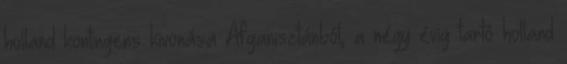
holland kontingens kivonása Afganisztánból; a négy évig tartó holland